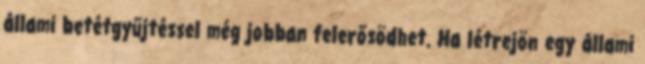
állami betétgyűjtéssel még jobban felerősödhet. Ha létrejön egy állami